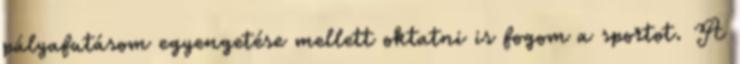
pályafutásom egyengetése mellett oktatni is fogom a sportot. A